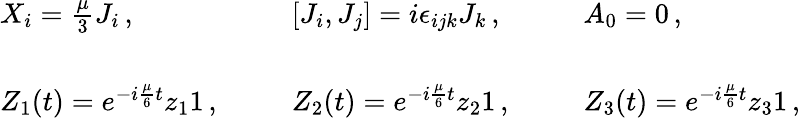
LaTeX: \begin{array}{lll}{{X_{i}=\textstyle{\frac{\mu}{3}}J_{i}\, ,~~~}}&{{~~~[J_{i},J_{j}]=i\epsilon_{ijk}J_{k}\, ,~~~}}&{{~~~A_{0}=0\, ,}}\\ {{{}}}&{{{}}}&{{{}}}\\ {{Z_{1}(t)=e^{-i\frac{\mu}{6}t}z_{1}{1}\, ,~~~}}&{{~~~Z_{2}(t)=e^{-i\frac{\mu}{6}t}z_{2}{1}\, ,~~~}}&{{~~~Z_{3}(t)=e^{-i\frac{\mu}{6}t}z_{3}{1}\, ,}}\end{array}